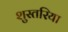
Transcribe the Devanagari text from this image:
शुस्तरिया